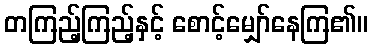
တကြည့်ကြည့်နှင့် စောင့်မျှော်နေကြ၏။